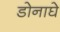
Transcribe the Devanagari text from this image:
डोनाघे